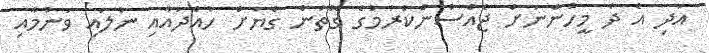
އަދި އެ ދެ މީހުންނަށް ޖެއްސުންކުރުމުގެ ގޮތުން ގެޔަށް ހުއްދައާއި ނުލައި ވަނުމާއި